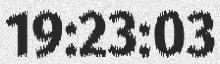
19:23:03